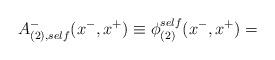
LaTeX: \begin{align*}A_{(2),self}^{-}(x^{-},x^{+}) \equiv {\phi}_{(2)}^{self}(x^{-},x^{+})=\end{align*}